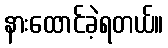
နားထောင်ခဲ့ရတယ်။